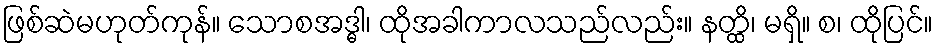
ဖြစ်ဆဲမဟုတ်ကုန်။ သောစအဒ္ဓါ၊ ထိုအခါကာလသည်လည်း။ နတ္ထိ၊ မရှိ။ စ၊ ထိုပြင်။